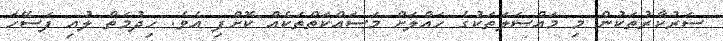
ސަރުކާރުތަކުން މި މައްސަލަތަކުގެ ހައްލަށް މަސައްކަތްތަކެއް ކޮށްފި އެވެ. ހިދުމަތް ލުއި ފަސޭހަ